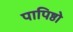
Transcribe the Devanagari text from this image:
पापिष्ठो